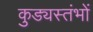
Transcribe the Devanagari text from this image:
कुड्यस्तंभों